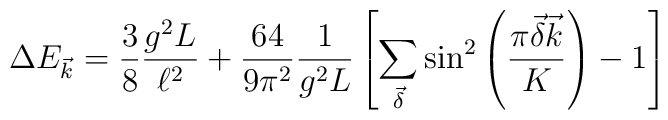
\Delta E_{\vec{k}} = \frac{3}{8} \frac{g^{2} L}{\ell ^{2}}+\frac{64}{9\pi^{2}}\frac{1}{g^{2}L}\left[\sum_{\vec{\delta}}\sin^2\left(\frac{\pi \vec{\delta}\vec{k}}{K} \right) - 1 \right]